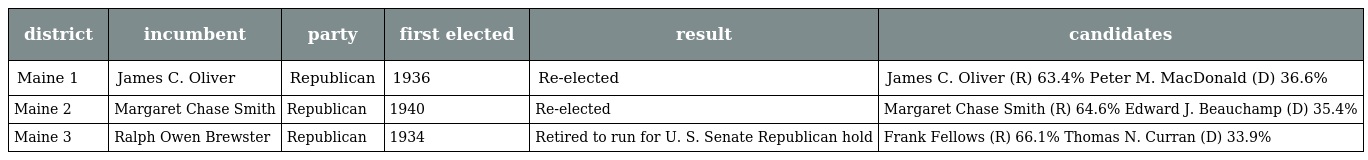
| district | incumbent | party | first elected | result | candidates |
 | --- | --- | --- | --- | --- | --- |
 | Maine 1 | James C. Oliver | Republican | 1936 | Re-elected | James C. Oliver (R) 63.4% Peter M. MacDonald (D) 36.6% |
 | Maine 2 | Margaret Chase Smith | Republican | 1940 | Re-elected | Margaret Chase Smith (R) 64.6% Edward J. Beauchamp (D) 35.4% |
 | Maine 3 | Ralph Owen Brewster | Republican | 1934 | Retired to run for U. S. Senate Republican hold | Frank Fellows (R) 66.1% Thomas N. Curran (D) 33.9% |